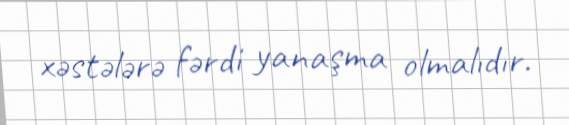
xəstələrə fərdi yanaşma olmalıdır.